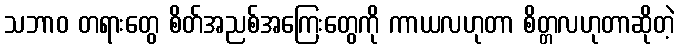
သဘာဝ တရားတွေ စိတ်အညစ်အကြေးတွေကို ကာယလဟုတာ စိတ္တလဟုတာဆိုတဲ့